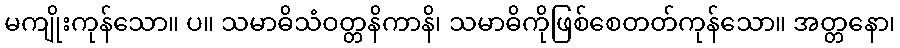
မကျိုးကုန်သော။ ပ။ သမာဓိသံဝတ္တနိကာနိ၊ သမာဓိကိုဖြစ်စေတတ်ကုန်သော။ အတ္တနော၊